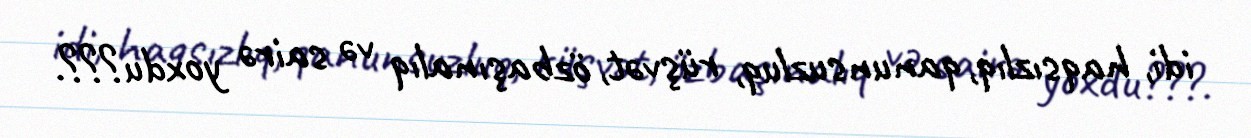
idi, haqsızlıq, qanunsuzluq, rüşvət, özbaşınalıq və sairə yoxdu???.